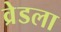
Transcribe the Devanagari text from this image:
व्रेडला